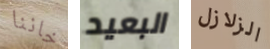
خاننا البعيد الزلازل